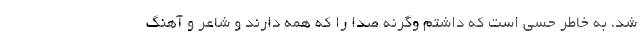
شد، به خاطر حسی است که داشتم وگرنه صدا را که همه دارند و شاعر و آهنگ